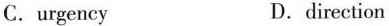
C. urgency D. direction